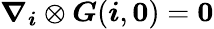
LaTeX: \boldsymbol{\nabla}_{\boldsymbol{i}}\otimes\boldsymbol{G}({\boldsymbol{i}},\boldsymbol{0})=\boldsymbol{0}